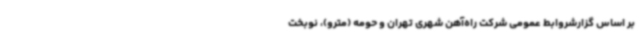
بر اساس گزارشروابط عمومی شرکت راه‌آهن شهری تهران و حومه (مترو)، نوبخت